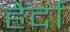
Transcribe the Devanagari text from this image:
हेर्दा